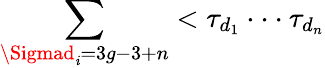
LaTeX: \sum_{\Sigmad_{\mathit{i}}=3g-3+n}<\tau_{d_{1}}\cdot\cdot\cdot\tau_{d_{n}}